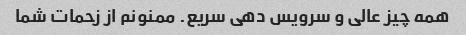
همه چیز عالی و سرویس دهی سریع. ممنونم از زحمات شما